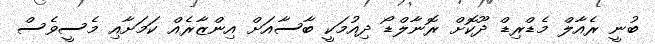
ބުނީ ރެއާލް މެޑްރިޑް ދޫކޮށް ރޮނާލްޑޯ ދިއުމަކީ ބާސާއަށް އިންޒާރެއް ކަމަށާއި މެސީވެސް